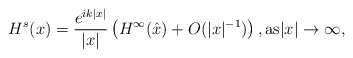
\begin{align*}H^s(x)=\frac{e^{i k|x|}}{|x|}\left(H^\infty(\hat{x})+O(|x|^{-1})\right),\mbox{as}|x|\rightarrow \infty,\end{align*}